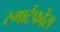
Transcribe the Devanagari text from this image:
स्मार्टफोंस